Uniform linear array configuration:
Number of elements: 32
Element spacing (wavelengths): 0.5
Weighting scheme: hamming
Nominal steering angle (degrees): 60
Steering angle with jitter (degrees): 60.07
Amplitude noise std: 0.05
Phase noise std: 0.05

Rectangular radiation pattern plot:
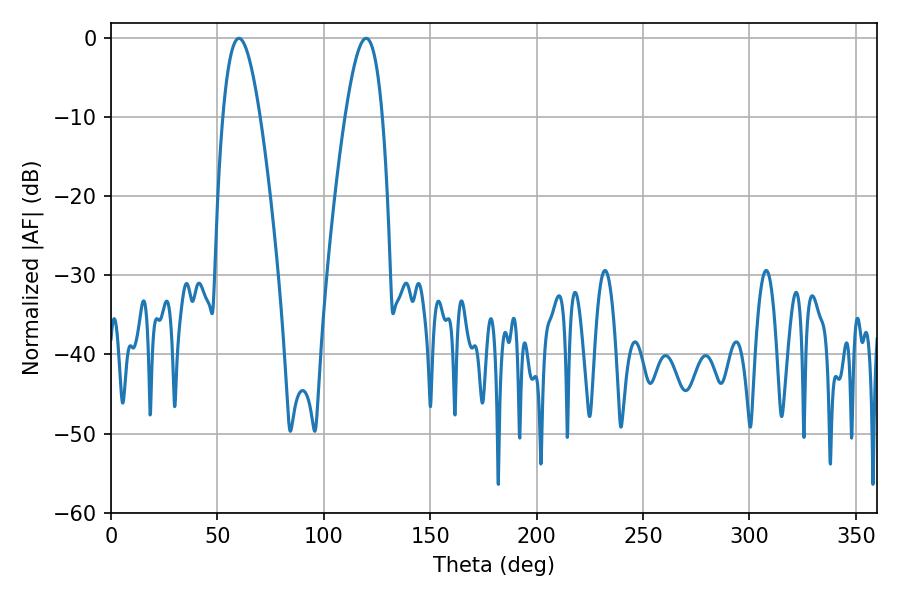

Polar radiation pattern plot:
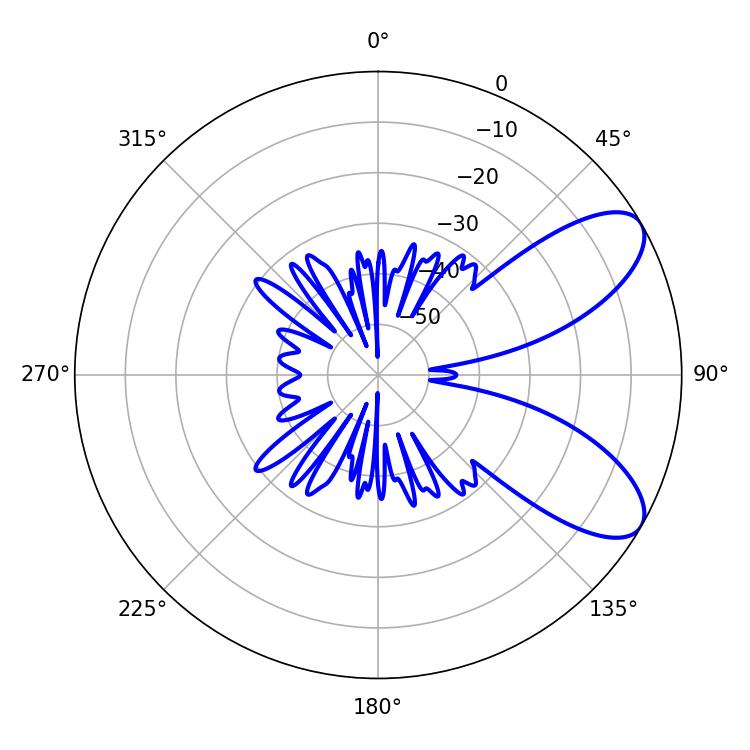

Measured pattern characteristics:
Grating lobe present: FALSE
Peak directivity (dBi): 8.051
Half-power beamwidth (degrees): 9.36
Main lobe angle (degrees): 60.12